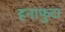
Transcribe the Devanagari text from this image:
हनाफुदा